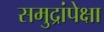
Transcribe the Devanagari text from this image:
समुद्रांपेक्षा